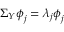
\boldsymbol { \Sigma } _ { \boldsymbol { Y } } \boldsymbol { \phi } _ { j } = \lambda _ { j } \boldsymbol { \phi } _ { j }